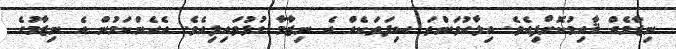
ނިޒާމެއް ޤާއިމުކޮށްފިއެވެ. އިލާހުވަންތަ ސިފަތަކެއް އެ ނިޒާމާ ގުޅުވައިލިއެވެ. އެހެންކަމުން އެ ނިޒާމުގެ